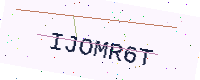
Text: IJOMR6T